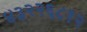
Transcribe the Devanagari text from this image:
४३२२६८१२